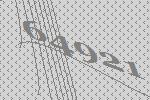
64921